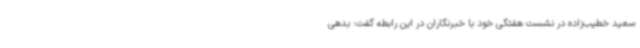
سعید خطیب‌زاده در نشست هفتگی خود با خبرنگاران در این رابطه گفت: بدهی